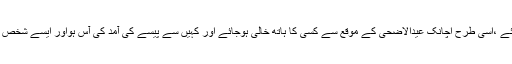
اگر کوئی معمولی طور پرمقروض ہو،قرض چکانے اور قربانی دینے کی طاقت رکھتا ہو اسے قربانی دینا چاہئے ،اسی طرح اچانک عیدالاضحی کے موقع سے کسی کا ہاتھ خالی ہوجائے اور کہیں سے پیسے کی آمد کی آس ہواور ایسے شخص کو بآسانی قرض مل جائے تو قربانی دینا چاہئے کیونکہ اس کے پاس پیسہ ہے مگر ہاتھ میں موجود نہیں ہے ۔